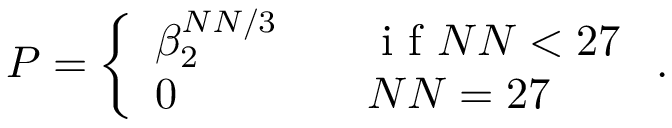
P = \left\{ \begin{array} { l l } { \beta _ { 2 } ^ { N N / 3 } } & { \quad \mathrm { ~ i ~ f ~ } N N < 2 7 } \\ { 0 } & { \quad N N = 2 7 } \end{array} \right. .